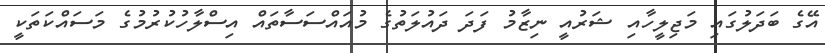
އޭގެ ބަދަލުގައި މަޖިލީހާއި ޝަރުއީ ނިޒާމު ފަދަ ދައުލަތުގެ މުއައްސަސާތައް އިސްލާހުކުރުމުގެ މަސައްކަތަކީ